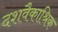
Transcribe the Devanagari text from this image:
दशवैकाश्रिक